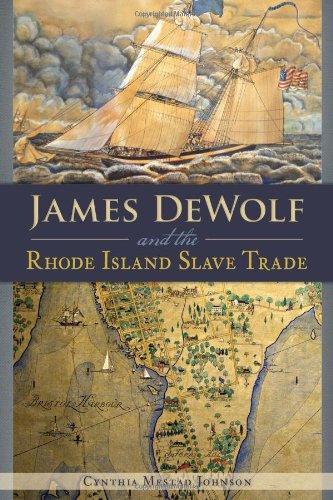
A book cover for JAMES DEWOLF AND THE RHODE ISLAND SLAVE TRADE; Cynthia Mestad Johnson; Biographies & Memoirs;